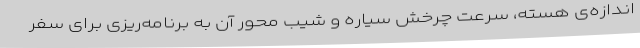
اندازه‌ی هسته، سرعت چرخش سیاره و شیب محور آن به برنامه‌ریزی برای سفر